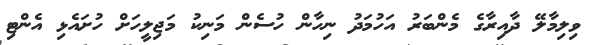
ވިލިމާލޭ ދާއިރާގެ މެންބަރު އަހުމަދު ނިހާން ހުސެން މަނިކު މަޖިލީހަށް ހުށައެޅި އެންޓި